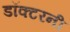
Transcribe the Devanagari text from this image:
डॉक्टरनी